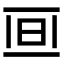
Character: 𣅯